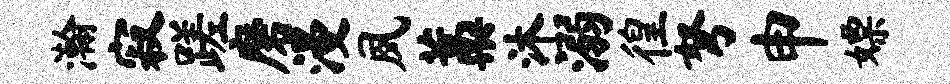
瀚寂蹉磨漫夙藁沐溺徨弩申嫖